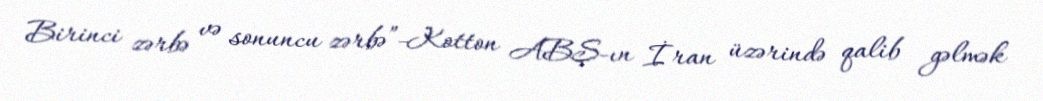
Birinci zərbə və sonuncu zərbə”-Kotton ABŞ-ın İran üzərində qalib gəlmək